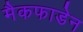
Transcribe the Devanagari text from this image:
मैकफाडेन